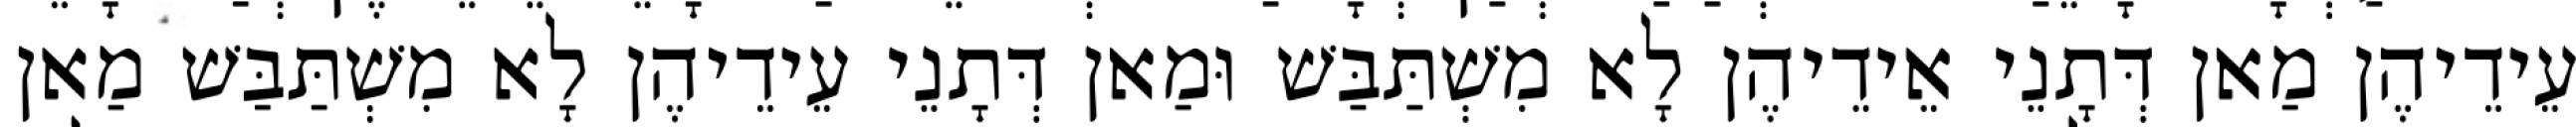
עֵידֵיהֶן מַאן דְּתָנֵי אֵידֵיהֶן לָא מִשְׁתַּבַּשׁ וּמַאן דְּתָנֵי עֵידֵיהֶן לָא מִשְׁתַּבַּשׁ מַאן